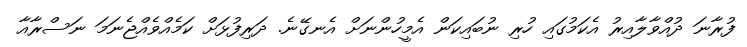
ފުރާނަ ދުއްވާލާއިރު އެކަމުގައި ހުރި ނުބައިކަން އެމީހުންނަށް އެނގޭނެ. ދަރިފުޅަށް ކަމެއްވެއްޖެނަމަ ނަސްރާއާ